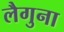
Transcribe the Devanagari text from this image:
लैगुना